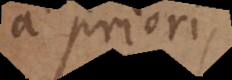
a priori,